Indian journal of veterinary science and animal husbandry - Volume 2,
Year: 1932
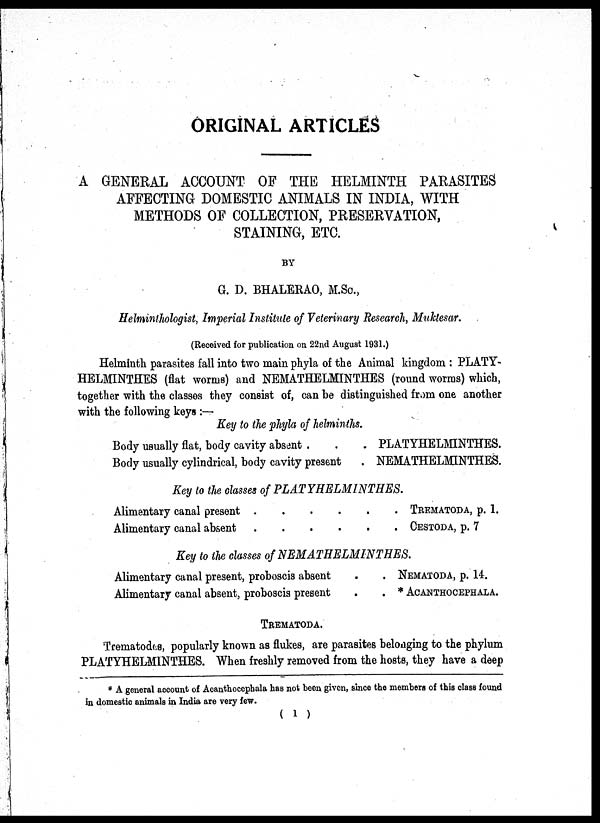
ORIGINAL ARTICLES
A GENERAL ACCOUNT OF THE HELMINTH PARASITES
AFFECTING DOMESTIC ANIMALS IN INDIA, WITH
METHODS OF COLLECTION, PRESERVATION,
STAINING, ETC.
BY
G. D. BHALERAO, M.Sc.,
Helminthologist, Imperial Institute of Veterinary Research, Muktesar.
(Received for publication on 22nd August 1931.)
Helminth parasites fall into two main phyla of the Animal kingdom : PLATY-
HELMINTHES (flat worms) and NEMATHELMINTHES (round worms) which,
together with the classes they consist of, can be distinguished from one another
with the following keys :—
Key to the phyla of helminths.
Body usually flat, body cavity absent . . .
Body usually cylindrical, body cavity present
.
PLATYHELMINTHES.
NEMATHELMINTHES.
Key to the classes of PLATYHELMINTHES.
Alimentary canal present . . . . . .
Alimentary canal absent
.
.
.
.
.
.
TREMATODA, p. 1.
CESTODA, p. 7
Key to the classes of NEMATHELMINTHES.
Alimentary canal present, proboscis absent . .
Alimentary canal absent, proboscis present . .
NEMATODA, p. 14.
* ACANTHOCEPHALA.
TREMATODA.
Trematodes, popularly known as flukes, are parasites belonging to the phylum
PLATYHELMINTHES. When freshly removed from the hosts, they have a deep
* A general account of Acanthocephala has not been given, since the members of this class found
in domestic animals in India are very few.
( 1 )